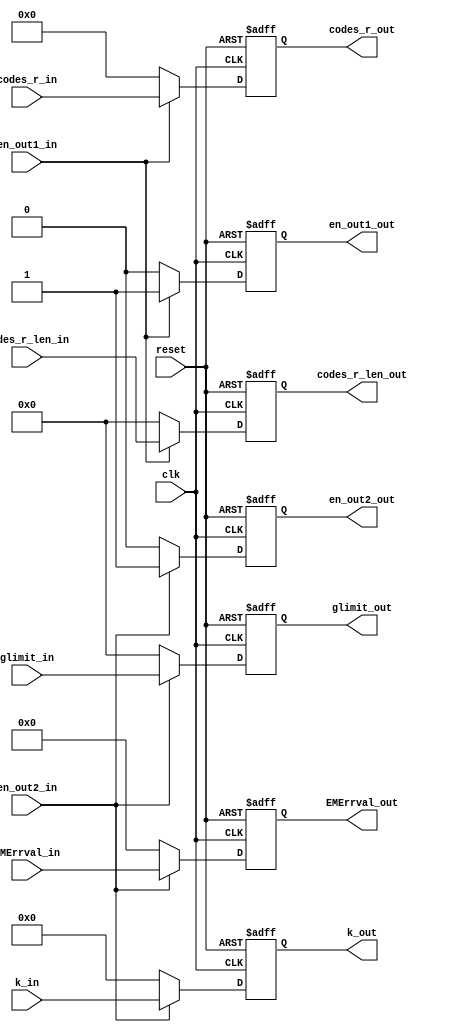
`timescale 1ns / 1ps
//////////////////////////////////////////////////////////////////////////////////
// Company: 
// Engineer: 
// 
// Design Name: 
// Module Name:    runrun_daly 
// Project Name: 
// Target Devices: 
// Tool versions: 
// Description: 
//
// Dependencies: 
//
// Revision: 
// Revision 0.01 - File Created
// Additional Comments: 
//
//////////////////////////////////////////////////////////////////////////////////
module runrun_daly(clk,reset, 
                   //output
		             k_in,
                   glimit_in,
                   codes_r_in,
                   codes_r_len_in,
						 en_out1_in,
                   EMErrval_in,
						 en_out2_in,
						 
						 k_out,
                   glimit_out,
                   codes_r_out,
                   codes_r_len_out,
						 en_out1_out,
                   EMErrval_out,
						 en_out2_out
						 );
input clk,reset;						 
input [4:0]   k_in;
input [5:0]   glimit_in;
input [5:0]   codes_r_len_in;
input [31:0]  codes_r_in; 
input   en_out1_in,en_out2_in;
input[8:0]			EMErrval_in;
						 
output [4:0]   k_out;
output [5:0]   glimit_out;
output [5:0]   codes_r_len_out;
output [31:0]  codes_r_out;
output   en_out1_out,en_out2_out;
output[8:0]			EMErrval_out;

reg [4:0]   k_out;
reg [5:0]   glimit_out;
reg [5:0]   codes_r_len_out;
reg [31:0]  codes_r_out;
 
reg   en_out1_out,en_out2_out;
reg [8:0]			EMErrval_out;
     
	  always@(posedge clk or negedge reset)
	  if(!reset)begin
	   codes_r_len_out<=0;
		codes_r_out<=0;
		en_out1_out<=0;
	  end
	  else if(en_out1_in)
	   begin
		 codes_r_len_out<=codes_r_len_in;
		 codes_r_out<=codes_r_in;
		 en_out1_out<=en_out1_in;
		end else begin
		    codes_r_len_out<=0;
		    codes_r_out<=0;
		    en_out1_out<=0;
		    end
	  
	  always@(posedge clk or negedge reset)
	  if(!reset)begin
	     k_out<=0;
		  glimit_out<=0;
		  en_out2_out<=0;
		  EMErrval_out<=0;
	  end
	  else if(en_out2_in)
	   begin
		  k_out<=k_in;
		  glimit_out<=glimit_in;
		  en_out2_out<=en_out2_in;
		  EMErrval_out<=EMErrval_in;
		end
		else begin
		   k_out<=0;
		   glimit_out<=0;
		   en_out2_out<=0;
			EMErrval_out<=0;
		  end
	  
endmodule